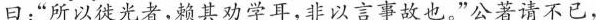
曰；”所以徒光者，赖其劝学耳，非以言事故也。”公著请不已，